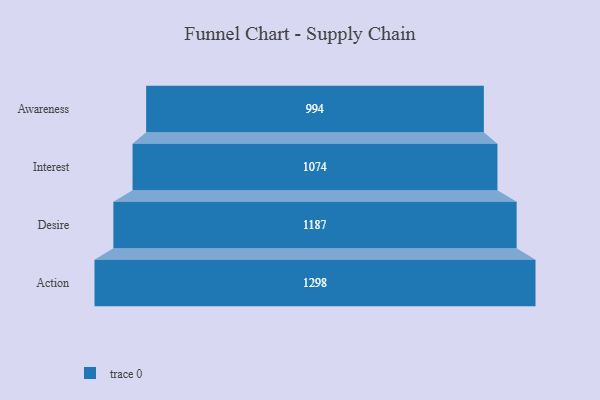
{"axis": {"x": "Stage", "y": "Value"}, "legend": [""], "data": [{"x": "Awareness", "y": 994.0, "type": ""}, {"x": "Interest", "y": 1074.0, "type": ""}, {"x": "Desire", "y": 1187.0, "type": ""}, {"x": "Action", "y": 1298.0, "type": ""}]}